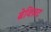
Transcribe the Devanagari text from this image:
ब्रेक्ज़िट